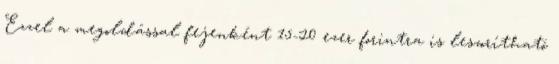
Ezzel a megoldással fejenként 15-20 ezer forintra is leszorítható